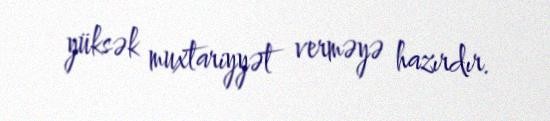
yüksək muxtariyyət verməyə hazırdır.